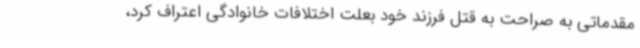
مقدماتی به صراحت به قتل فرزند خود بعلت اختلافات خانوادگی اعتراف کرد،